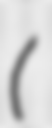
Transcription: (佐藤